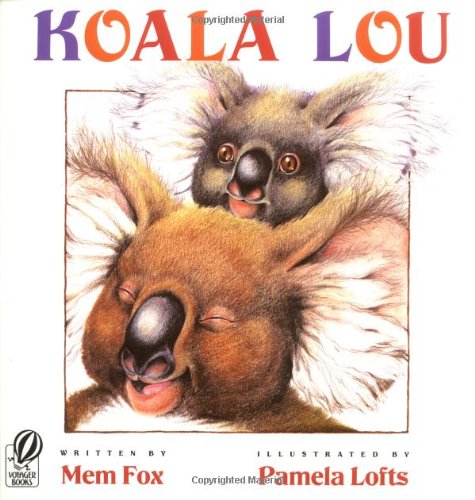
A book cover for Koala Lou; Mem Fox; Children's Books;